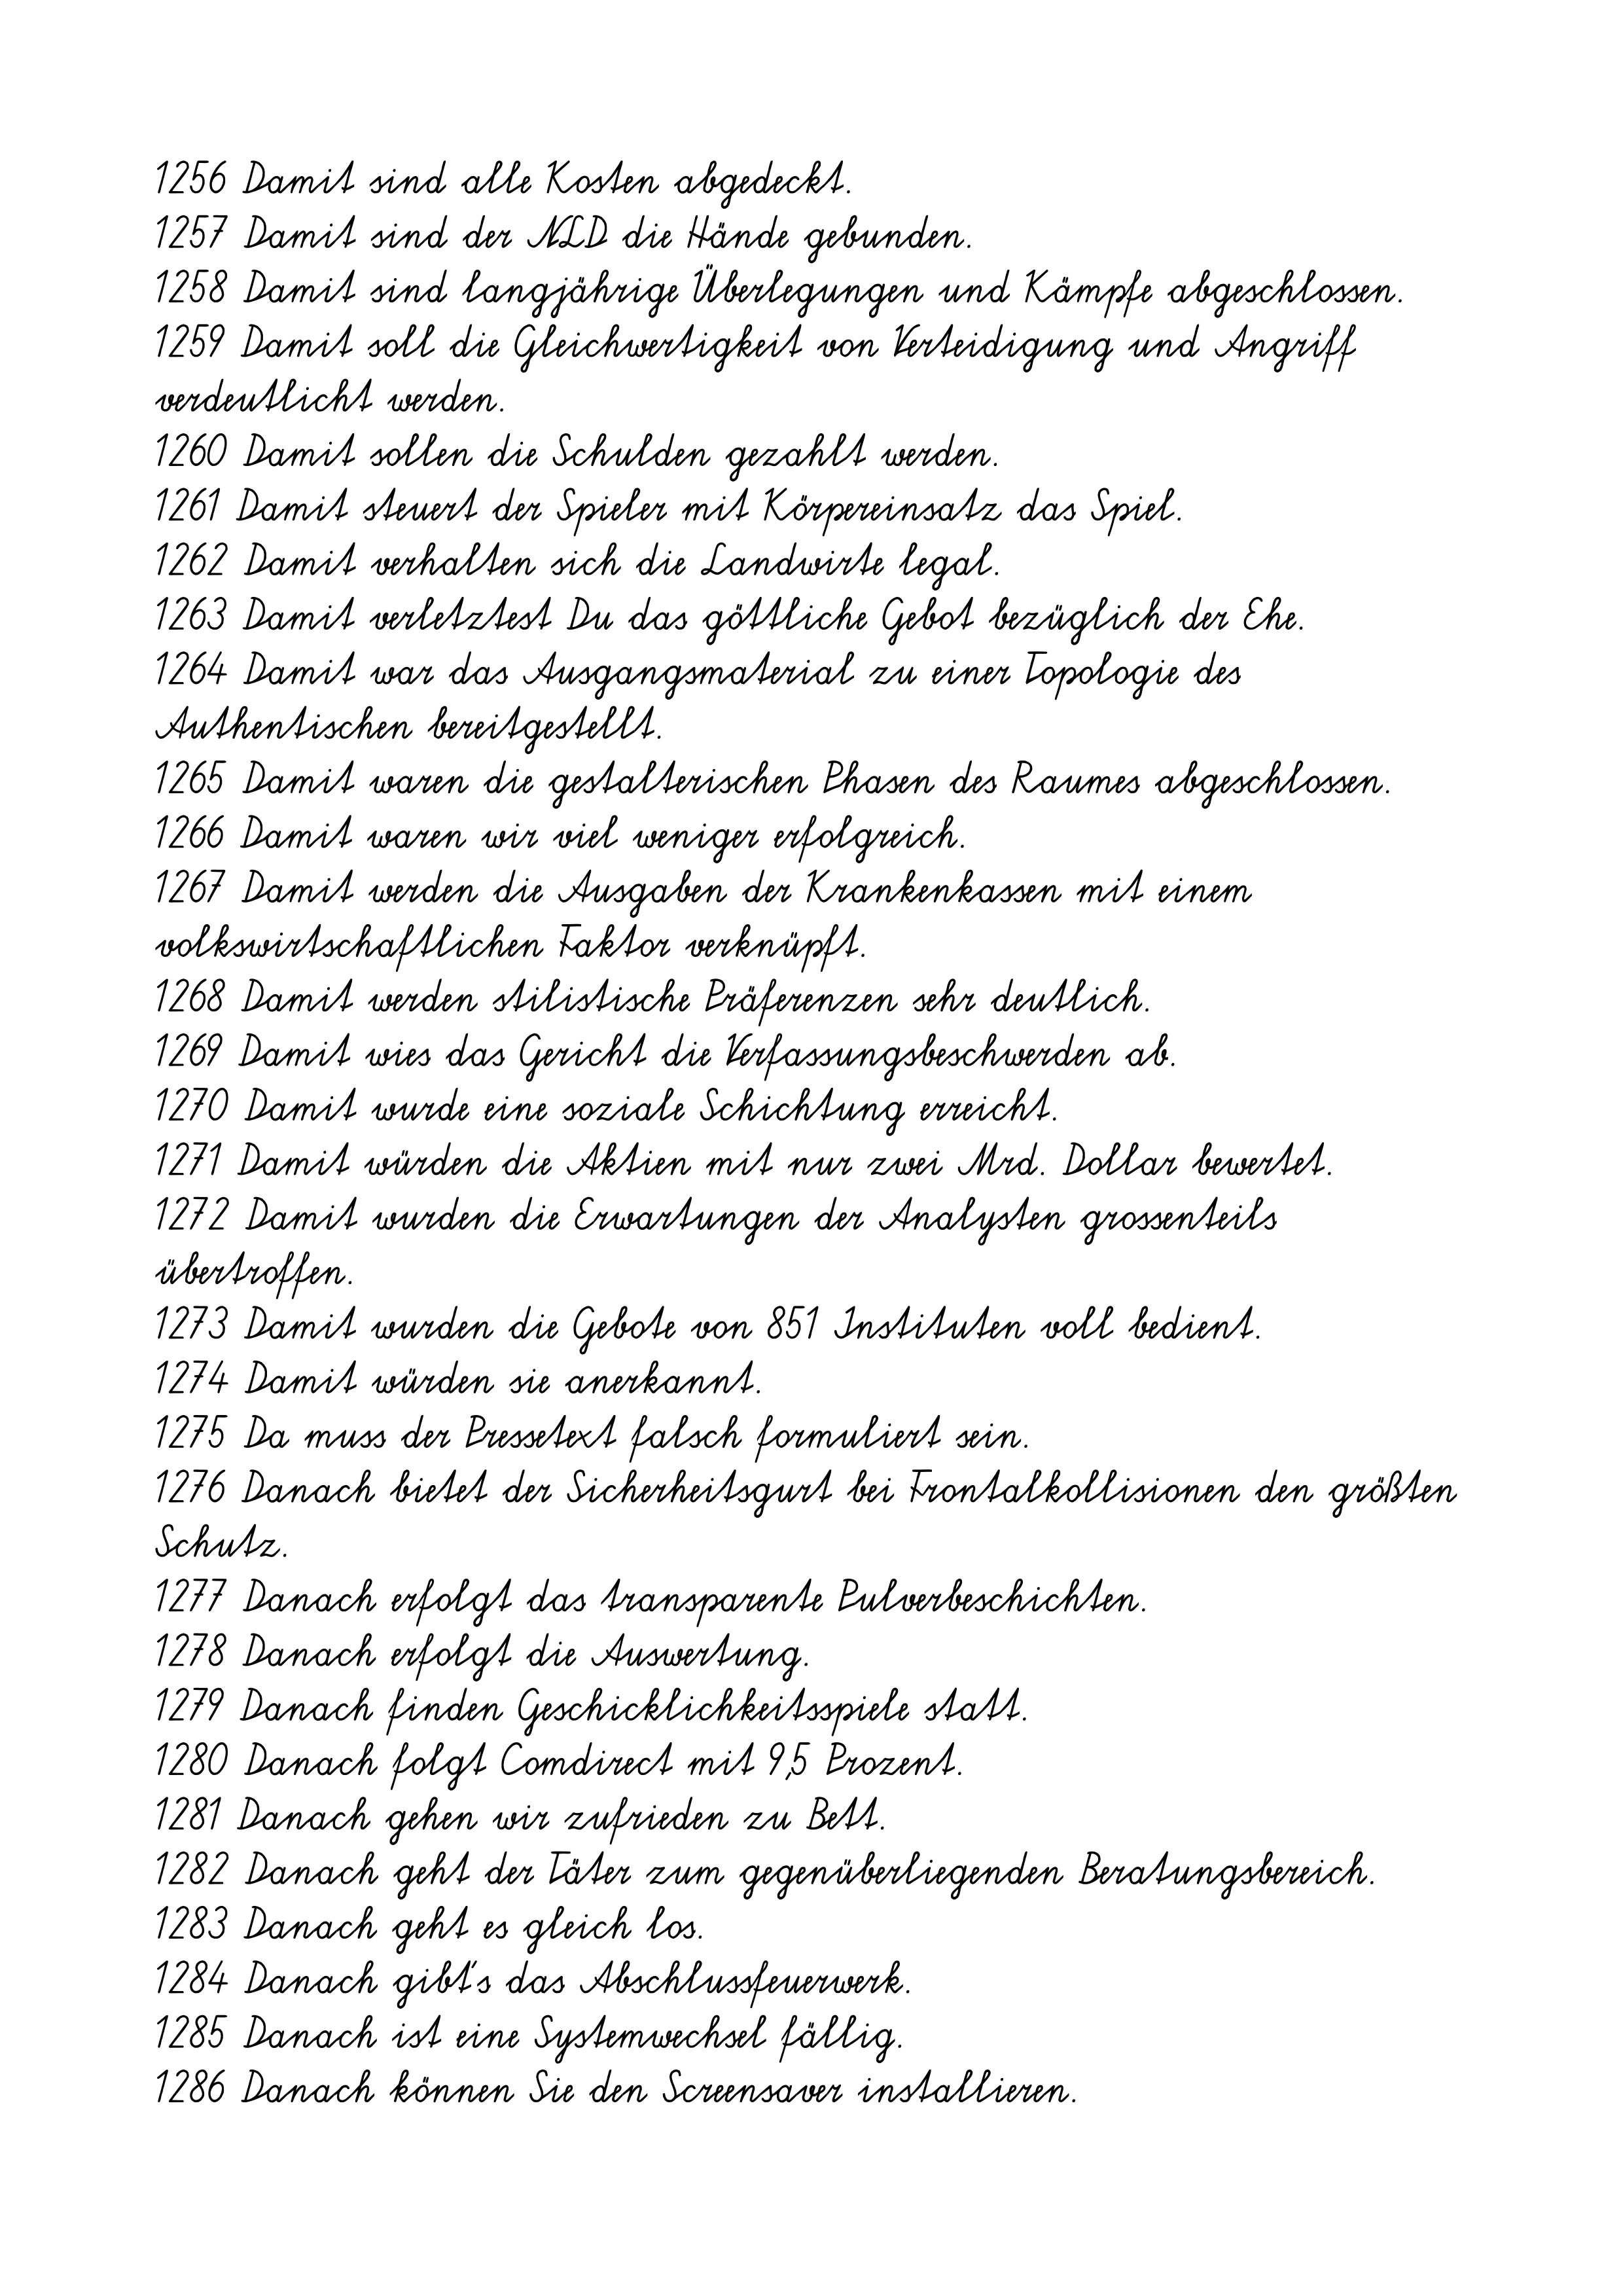
1256 Damit sind alle Kosten abgedeckt.
1257 Damit sind der NLD die Hände gebunden.
1258 Damit sind langjährige Überlegungen und Kämpfe abgeschlossen.
1259 Damit soll die Gleichwertigkeit von Verteidigung und Angriff
verdeutlicht werden.
1260 Damit sollen die Schulden gezahlt werden.
1261 Damit steuert der Spieler mit Körpereinsatz das Spiel.
1262 Damit verhalten sich die Landwirte legal.
1263 Damit verletztest Du das göttliche Gebot bezüglich der Ehe.
1264 Damit war das Ausgangsmaterial zu einer Topologie des
Authentischen bereitgestellt.
1265 Damit waren die gestalterischen Phasen des Raumes abgeschlossen.
1266 Damit waren wir viel weniger erfolgreich.
1267 Damit werden die Ausgaben der Krankenkassen mit einem
volkswirtschaftlichen Faktor verknüpft.
1268 Damit werden stilistische Präferenzen sehr deutlich.
1269 Damit wies das Gericht die Verfassungsbeschwerden ab.
1270 Damit wurde eine soziale Schichtung erreicht.
1271 Damit würden die Aktien mit nur zwei Mrd. Dollar bewertet.
1272 Damit wurden die Erwartungen der Analysten grossenteils
übertroffen.
1273 Damit wurden die Gebote von 851 Instituten voll bedient.
1274 Damit würden sie anerkannt.
1275 Da muss der Pressetext falsch formuliert sein.
1276 Danach bietet der Sicherheitsgurt bei Frontalkollisionen den größten
Schutz.
1277 Danach erfolgt das transparente Pulverbeschichten.
1278 Danach erfolgt die Auswertung.
1279 Danach finden Geschicklichkeitsspiele statt.
1280 Danach folgt Comdirect mit 9,5 Prozent.
1281 Danach gehen wir zufrieden zu Bett.
1282 Danach geht der Täter zum gegenüberliegenden Beratungsbereich.
1283 Danach geht es gleich los.
1284 Danach gibt's das Abschlussfeuerwerk.
1285 Danach ist eine Systemwechsel fällig.
1286 Danach können Sie den Screensaver installieren.